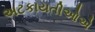
અટકાયતીઓએ